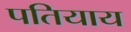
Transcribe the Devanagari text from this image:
पतियाय